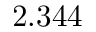
2 . 3 4 4